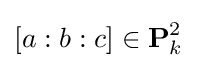
[a:b:c]\in {\textbf {P}}_{k}^{2}